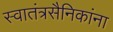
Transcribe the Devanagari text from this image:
स्वातंत्रसैनिकांना